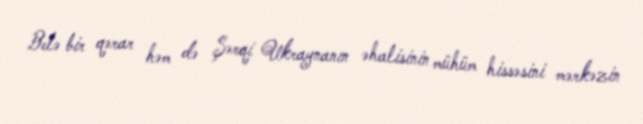
Belə bir qərar həm də Şərqi Ukraynanın əhalisinin mühüm hissəsini mərkəzin